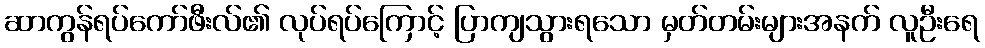
ဆာကွန်ရပ်ကော်ဖီးလ်၏ လုပ်ရပ်ကြောင့် ပြာကျသွားရသော မှတ်တမ်းများအနက် လူဦးရေ